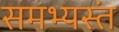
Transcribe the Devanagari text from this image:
समभ्यस्तं